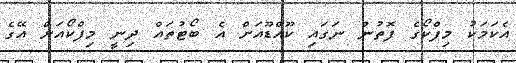
އެކަމަކު މިފްކޯގެ ފޮތުން ނަގައި ކޫއްޑޫއަށް އެ ބޯޓުތައް ދިނީ މިފްކޯއަށް އޭގެ